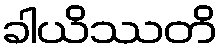
ခါယိဿတိ